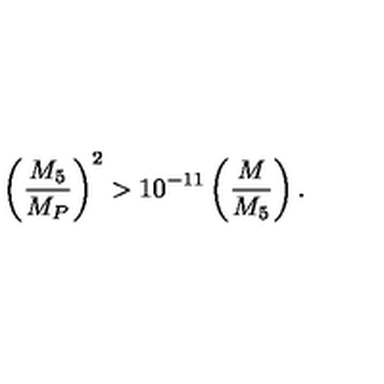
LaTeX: \left( \frac { M _ { 5 } } { M _ { P } } \right) ^ { 2 } > 1 0 ^ { - 1 1 } \left( \frac { M } { M _ { 5 } } \right) .